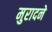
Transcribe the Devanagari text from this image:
मुरादने